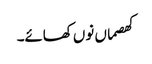
کھصماں نوں کھائے۔